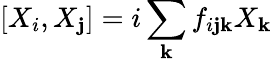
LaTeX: [{X}_{i},{X}_{\mathbf{j}}]=i\sum_{\mathbf{k}}f_{i\mathbf{j}\mathbf{k}}{X}_{\mathbf{k}}